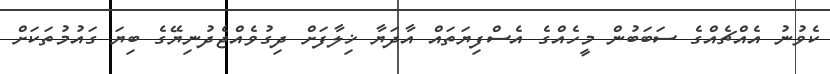
ކެވުނު އެއްޗެއްގެ ސަބަބުން މީހެއްގެ އެސްފިޔަތައް އާދަޔާ ޚިލާފަށް ދިގުވެއްޖެދުނިޔޭގެ ބިޔަ ގައުމުތަކަށް